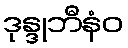
ဒုန္ဒုဘီနံဝ